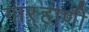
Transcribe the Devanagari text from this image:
गाऱ्हाणी